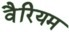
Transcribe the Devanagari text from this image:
वैरियम